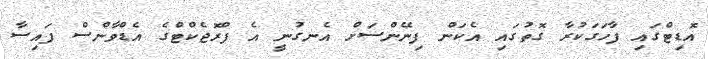
އޮޑިޓްގައި ފާހަގަކުރާ ގޮތުގައި އެކަން ފިނޭންސަށް އެނގުނީ އެ ޕްރޮޖެކްޓްގެ އެޑްވާންސް ފައިސާ